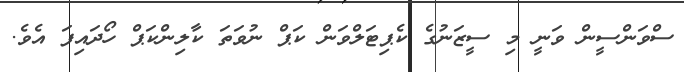
ސްވަންސީން ވަނީ މި ސީޒަނުގެ ކެޕިޓަލްވަން ކަޕް ނުވަތަ ކާލިންކަޕް ހޯދައިފަ އެވެ.